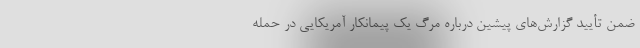
ضمن تأیید گزارش‌های پیشین درباره مرگ یک پیمانکار آمریکایی در حمله